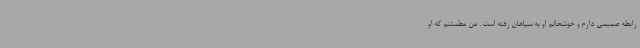
رابطه صمیمی دارم و خوشحالم او به سپاهان رفته است. من مطمئنم که او